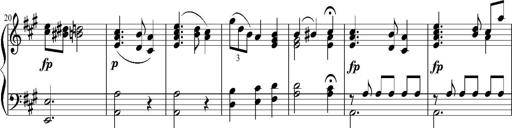
Title: 12 Sonatinas for Piano
Composer: Johann Baptist Vanhal